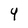
Character: 4